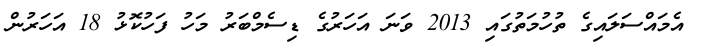
އެމައްސަލައިގެ ތުހުމަތުގައި 2013 ވަނަ އަހަރުގެ ޑިސެމްބަރު މަހު ފަހުކޮޅު 18 އަހަރުން